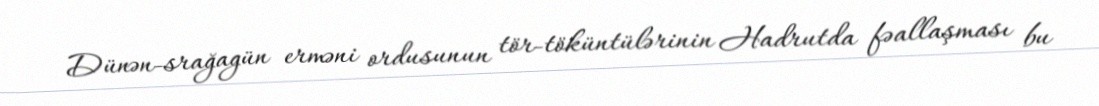
Dünən-srağagün erməni ordusunun tör-töküntülərinin Hadrutda fəallaşması bu